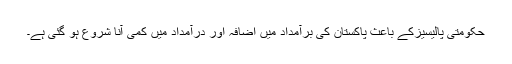
حکومتی پالیسیزکے باعث پاکستان کی برآمداد میں اضافہ اور درآمداد میں کمی آنا شروع ہو گئی ہے۔